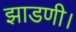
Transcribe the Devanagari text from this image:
झाडणी।